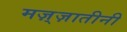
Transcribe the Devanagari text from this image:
मज़्ज़ातीनी